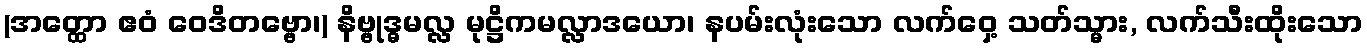
(အတ္ထော ဧဝံ ဝေဒိတဗ္ဗော၊) နိဗ္ဗုဒ္ဓမလ္လ မုဋ္ဌိကမလ္လာဒယော၊ နပမ်းလုံးသော လက်ဝှေ့ သတ်သ္မား, လက်သီးထိုးသော